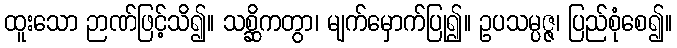
ထူးသော ဉာဏ်ဖြင့်သိ၍။ သစ္ဆိကတွာ၊ မျက်မှောက်ပြု၍။ ဥပသမ္ပဇ္ဇ၊ ပြည်စုံစေ၍။